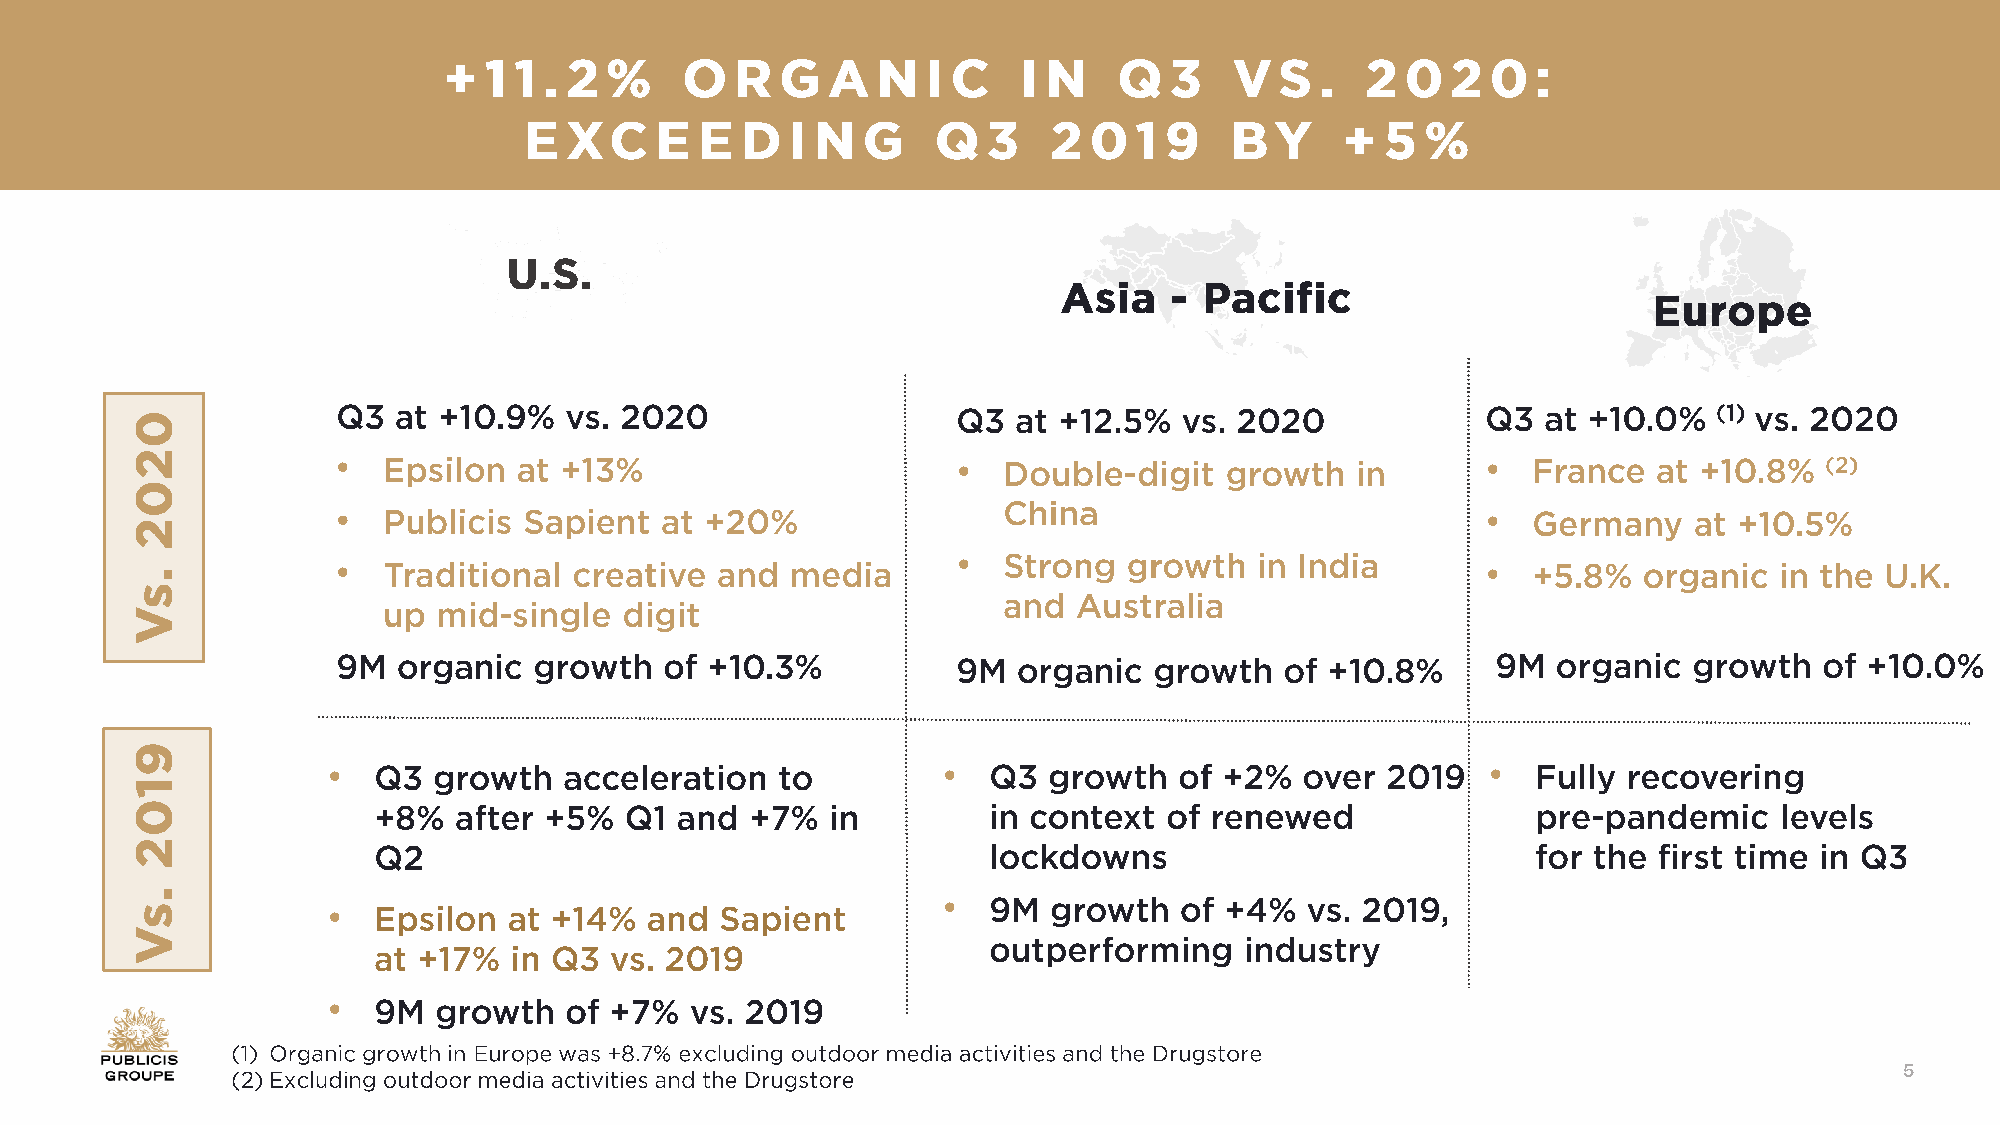
•                                        •                                  •
 •                                                                           •
 •
 •                                                                           •
 •                                       •                                    •
 •
 •
 •
 5